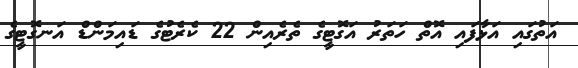
އަތުގައި އަޅާފައި އޮތް ހަތަރު އަގޮޓީގެ ތެރެއިން 22 ކެރެޓުގެ ޑައިމަންޑް އަނގޮޓީގެ